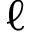
\ell